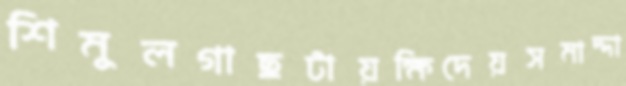
শিমুলগাছটায়ক্ষিদেয়সমাদ্দা